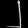
Digit: ၂